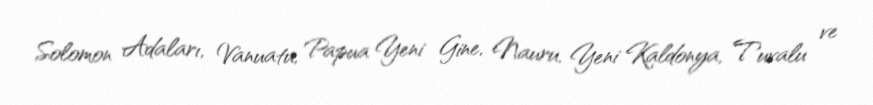
Solomon Adaları, Vanuatu, Papua Yeni Gine, Nauru, Yeni Kaldonya, Tuvalu ve